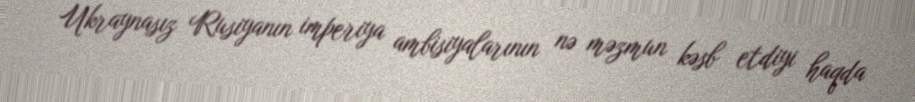
Ukraynasız Rusiyanın imperiya ambisiyalarının nə məzmun kəsb etdiyi haqda